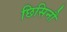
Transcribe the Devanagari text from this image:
छिसिनौ